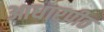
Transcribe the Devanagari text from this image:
आधारपीठ